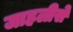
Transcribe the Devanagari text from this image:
जाहलीसे